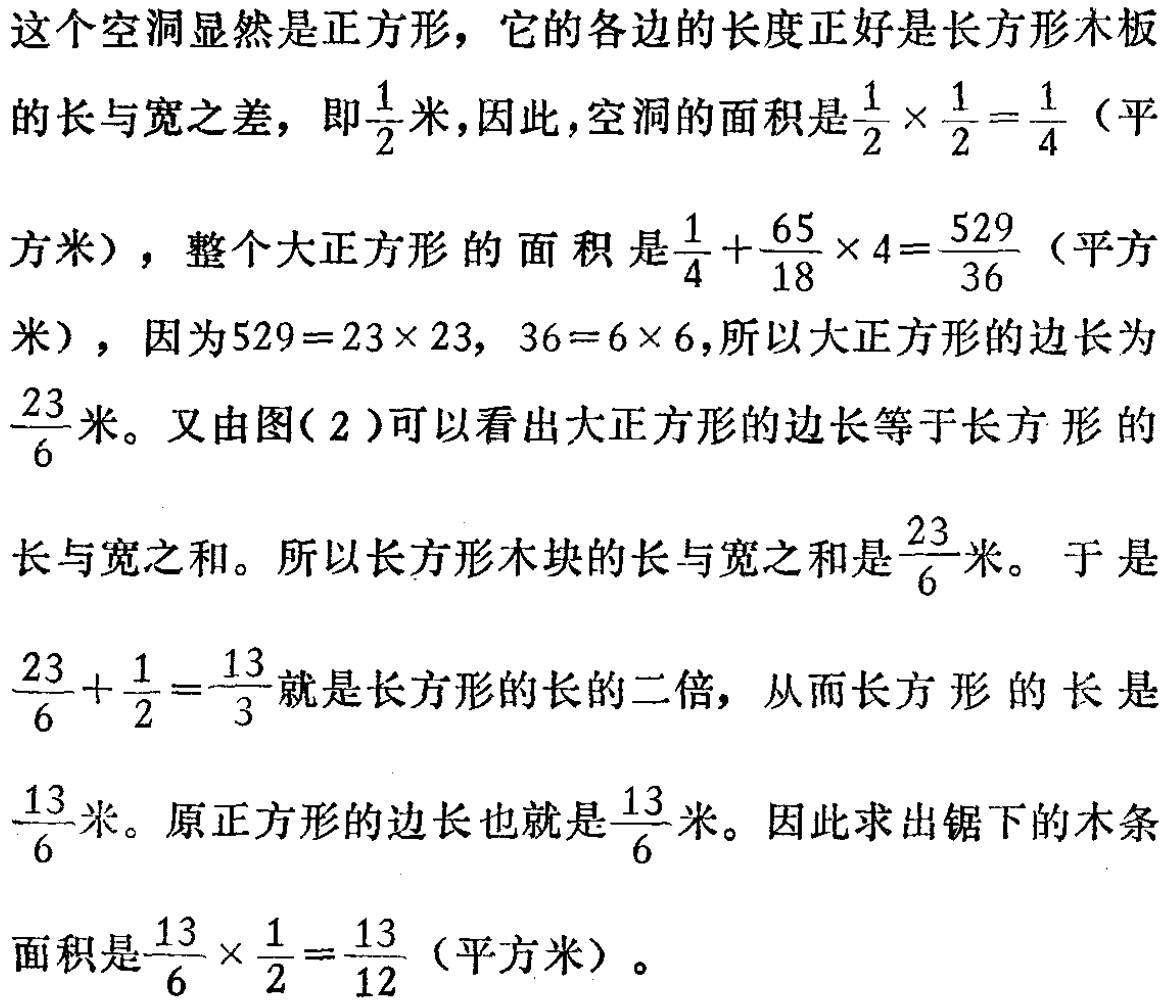
这个空洞显然是正方形，它的各边的长度正好是长方形木板的长与宽之差，即\(\frac{1}{2}\)米，因此，空洞的面积是\(\frac{1}{2} \times \frac{1}{2} = \frac{1}{4}\)（平方米），整个大正方形的面积是\(\frac{1}{4} + \frac{65}{18} \times 4 = \frac{529}{36}\)（平方米），因为\(529 = 23\times 23\)，\(36 = 6\times 6\)，所以大正方形的边长为\(\frac{23}{6}\)米。又由图(2)可以看出大正方形的边长等于长方形的长与宽之和。所以长方形木块的长与宽之和是\(\frac{23}{6}\)米。于是\(\frac{23}{6} + \frac{1}{2} = \frac{13}{3}\)就是长方形的长的二倍，从而长方形的长是\(\frac{13}{6}\)米。原正方形的边长也就是\(\frac{13}{6}\)米。因此求出锯下的木条面积是\(\frac{13}{6} \times \frac{1}{2} = \frac{13}{12}\)（平方米）。